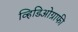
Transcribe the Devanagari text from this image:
व्हिडिओग्राफी